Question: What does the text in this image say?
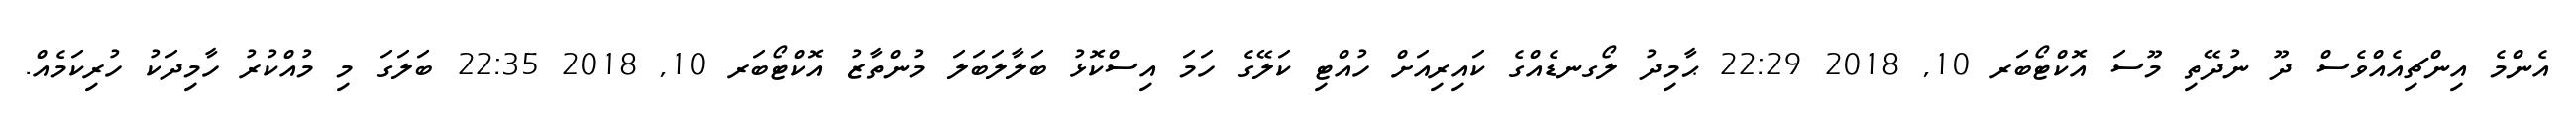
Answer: އެންމެ އިންޗިއެއްވެސް ދޫ ނުދޭތި މޫސަ އޮކްޓޯބަރ 10, 2018 22:29 ޙާމިދު ލޯގނޑެއްގެ ކައިރިއަށް ހުއްޓި ކަލޭގެ ހަމަ އިސްކޮޅު ބަލާލަބަލަ މުންތާޒު އޮކްޓޯބަރ 10, 2018 22:35 ބަލަގަ މި މުއްކުރު ހާމިދަކު ހުރިކަމެއް.